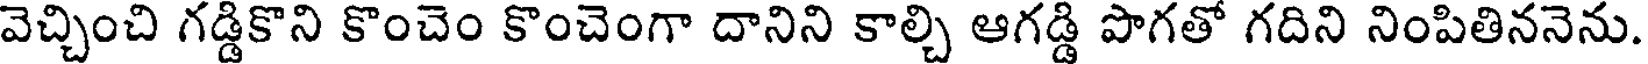
వెచ్చించి గడ్డికొని కొంచెం కొంచెంగా దానిని కాల్చి ఆగడ్డి పొగతో గదిని నింపితిననెను.